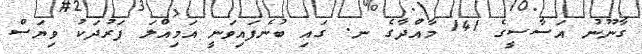
ގާނޫނު އަސާސީގެ 141 މާއްދާގެ ނ. ގައި ބުނެފައިވަނީ އަމިއްލަ ފަރުދަކު ވިޔަސް